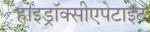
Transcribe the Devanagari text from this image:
हाइड्रॉक्सीएपेटाइट